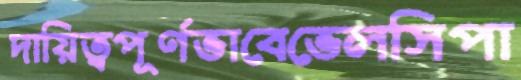
দায়িত্বপূর্ণভাবেভেলসিপা